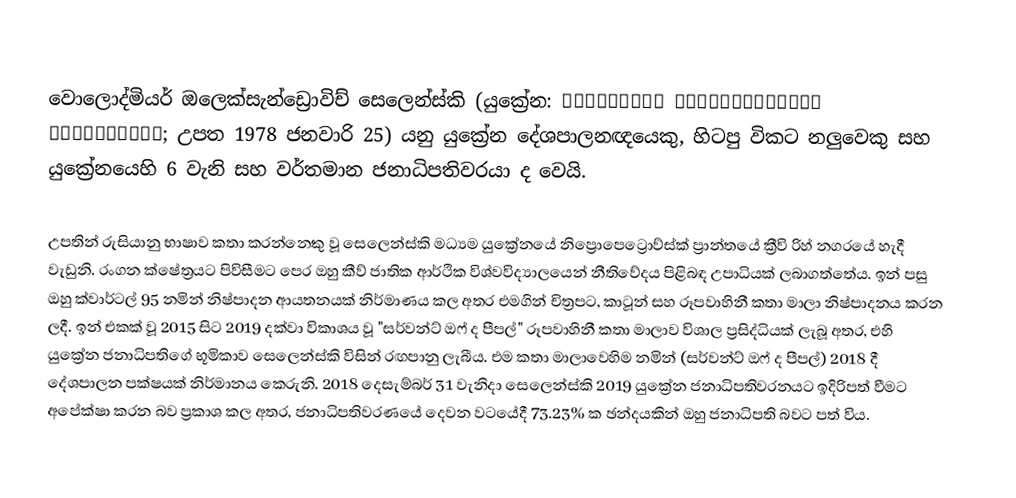
වොලොද්මියර් ඔලෙක්සැන්ඩ්‍රොවිච් සෙලෙන්ස්කි (යුක්‍රේන: Володимир Олександрович Зеленський; උපත 1978 ජනවාරි 25) යනු යුක්‍රේන දේශපාලනඥයෙකු, හිටපු විකට නලුවෙකු සහ යුක්‍රේනයෙහි 6 වැනි සහ වර්තමාන ජනාධිපතිවරයා ද වෙයි.

උපතින් රුසියානු භාෂාව කතා කරන්නෙකු වූ සෙලෙන්ස්කි මධ්‍යම යුක්‍රේනයේ නිප්‍රොපෙට්‍රොව්ස්ක් ප්‍රාන්තයේ ක්‍රීවි රිහ් නගරයේ හැදී වැඩුනි. රංගන ක්ෂේත්‍රයට පිවිසීමට පෙර ඔහු කීව් ජාතික ආර්ථික විශ්වවිද්‍යාලයෙන් නීතිවේදය පිළිබඳ උපාධියක් ලබාගත්තේය. ඉන් පසු ඔහු ක්වාර්ටල් 95 නමින් නිෂ්පාදන ආයතනයක් නිර්මාණය කල අතර එමගින් චිත්‍රපට, කාටූන් සහ රූපවාහිනී කතා මාලා නිෂ්පාදනය කරන ලදී. ඉන් එකක් වූ 2015 සිට 2019 දක්වා විකාශය වූ "සර්වන්ට් ඔෆ් ද පීපල්" රූපවාහිනී කතා මාලාව විශාල ප්‍රසිද්ධියක් ලැබූ අතර, එහි යුක්‍රේන ජනාධිපතිගේ භූමිකාව සෙලෙන්ස්කි විසින් රඟපානු ලැබීය. එම කතා මාලාවෙහිම නමින් (සර්වන්ට් ඔෆ් ද පීපල්) 2018 දී දේශපාලන පක්ෂයක් නිර්මානය කෙරුනි. 2018 දෙසැම්බර් 31 වැනිදා සෙලෙන්ස්කි 2019 යුක්‍රේන ජනාධිපතිවරනයට ඉදිරිපත් වීමට අපේක්ෂා කරන බව ප්‍රකාශ කල අතර, ජනාධිපතිවරණයේ දෙවන වටයේදී 73.23% ක ඡන්දයකින් ඔහු ජනාධිපති බවට පත් විය.